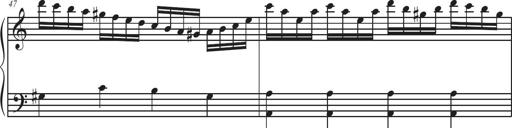
Title: Sonatina Espania
Composer: Jerald Franklin Archer
Key: Various